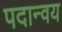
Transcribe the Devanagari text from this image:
पदान्वय